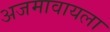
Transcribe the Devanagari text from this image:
अजमावायला